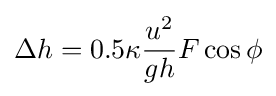
\Delta h=0.5\kappa {\frac {u^{2}}{gh}}F\cos \phi